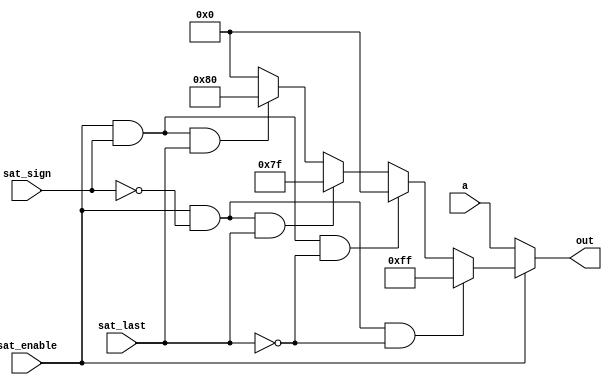
module saturation(
  input [7:0] a,
  input sat_enable,
  input sat_sign,
  input sat_last,
  output reg [7:0] out
);
  
always @(*) begin
  out = 8'b00000000;
  if (!sat_enable) begin
    out = a;
  end else if (sat_enable && !sat_sign && !sat_last) begin
    out = 8'b11111111;
  end else if (sat_enable && sat_sign && !sat_last) begin
    out = 8'b00000000;
  end else if (sat_enable && !sat_sign && sat_last) begin
    out = 8'b01111111;
  end else if (sat_enable && sat_sign && sat_last) begin
    out = 8'b10000000;
  end
end
  
  
  
  
endmodule